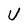
Character: U